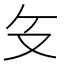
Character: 𰆰